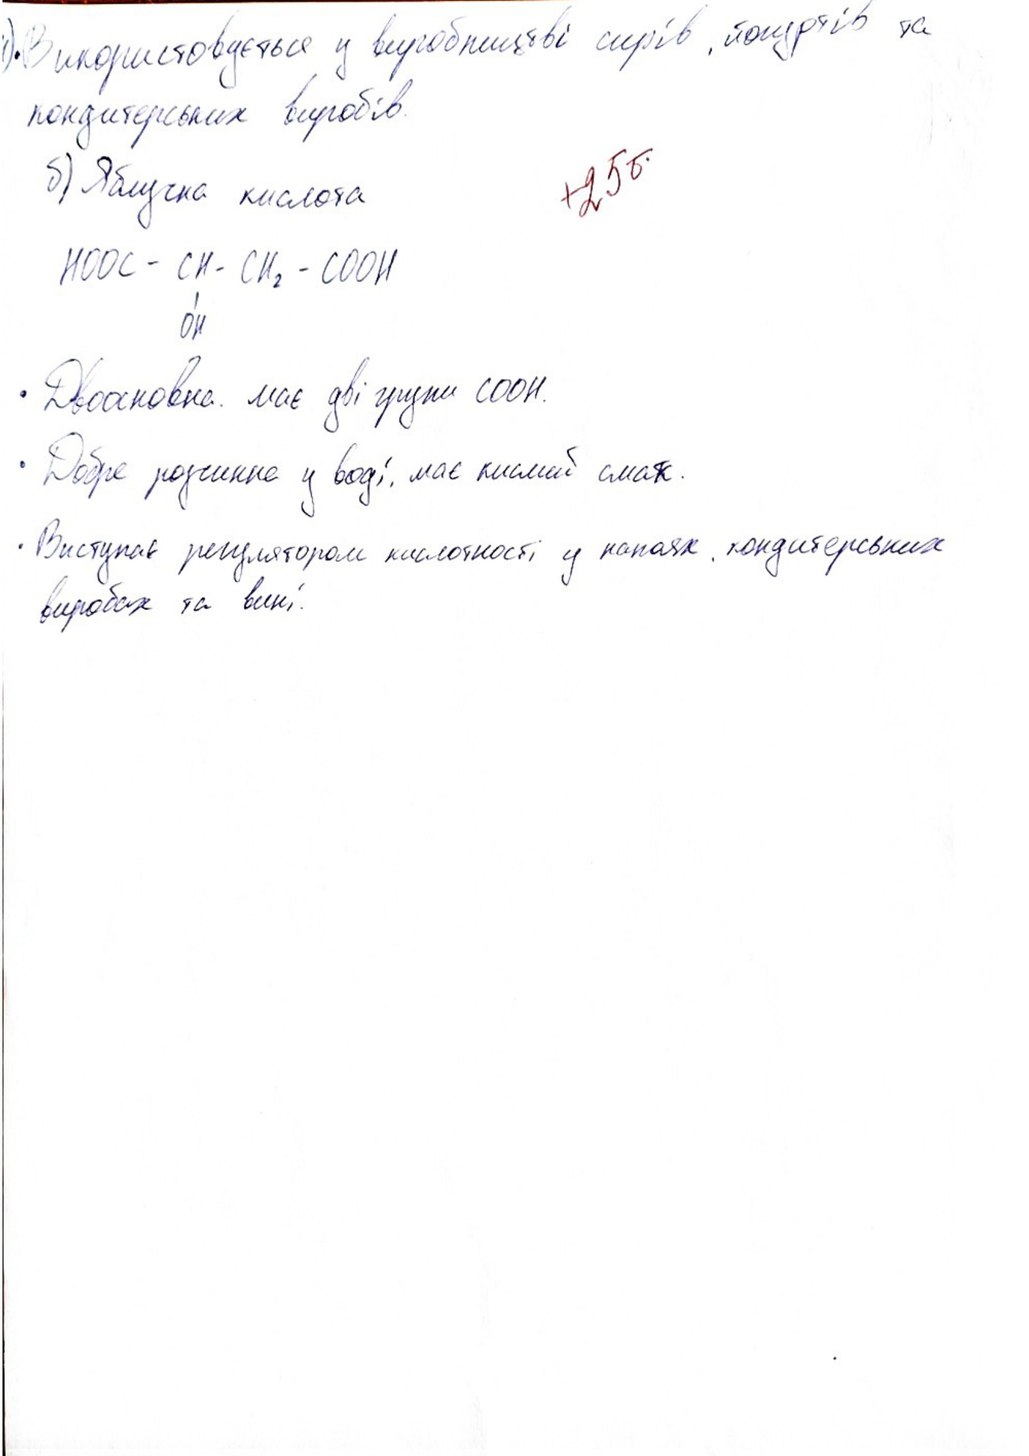
Використовується у виробництві сирів, йогуртів та
кондитерських виробів.
+25б
б) Яблучна кислота
HOOC - CH - CH2 - COOH
он
Двоановна має дві групи СООН.
Добре розчинне у воді, має кислий смак.
Виступає регулятором кислотності у напоях, кондитерських виробах та вині.